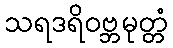
သရဒရိဝဗ္ဘမုတ္တံ